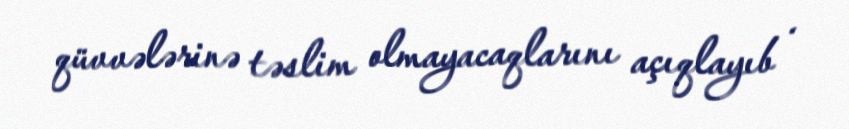
qüvvələrinə təslim olmayacaqlarını açıqlayıb .